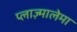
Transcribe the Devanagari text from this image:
प्लाज़्मालेमा